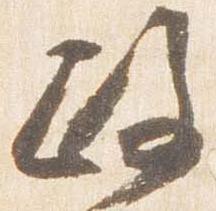
政